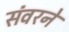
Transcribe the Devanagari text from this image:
संवरने